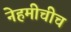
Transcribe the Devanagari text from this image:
नेहमीचीच